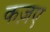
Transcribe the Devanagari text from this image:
कज़ए